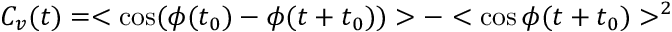
C _ { v } ( t ) = < \cos ( \phi ( t _ { 0 } ) - \phi ( t + t _ { 0 } ) ) > - < \cos \phi ( t + t _ { 0 } ) > ^ { 2 }